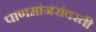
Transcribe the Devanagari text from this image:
पाणमांजरांवरती